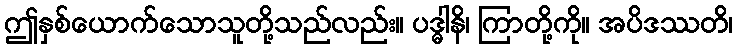
ဤနှစ်ယောက်သောသူတို့သည်လည်း။ ပဒ္ဓါနိ၊ ကြာတို့ကို။ အပိဒဿတိ၊